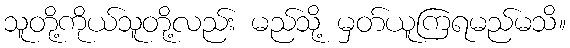
သူတို့ကိုယ်သူတို့လည်း မည်သို့ မှတ်ယူကြရမည်မသိ။